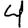
Digit: 4